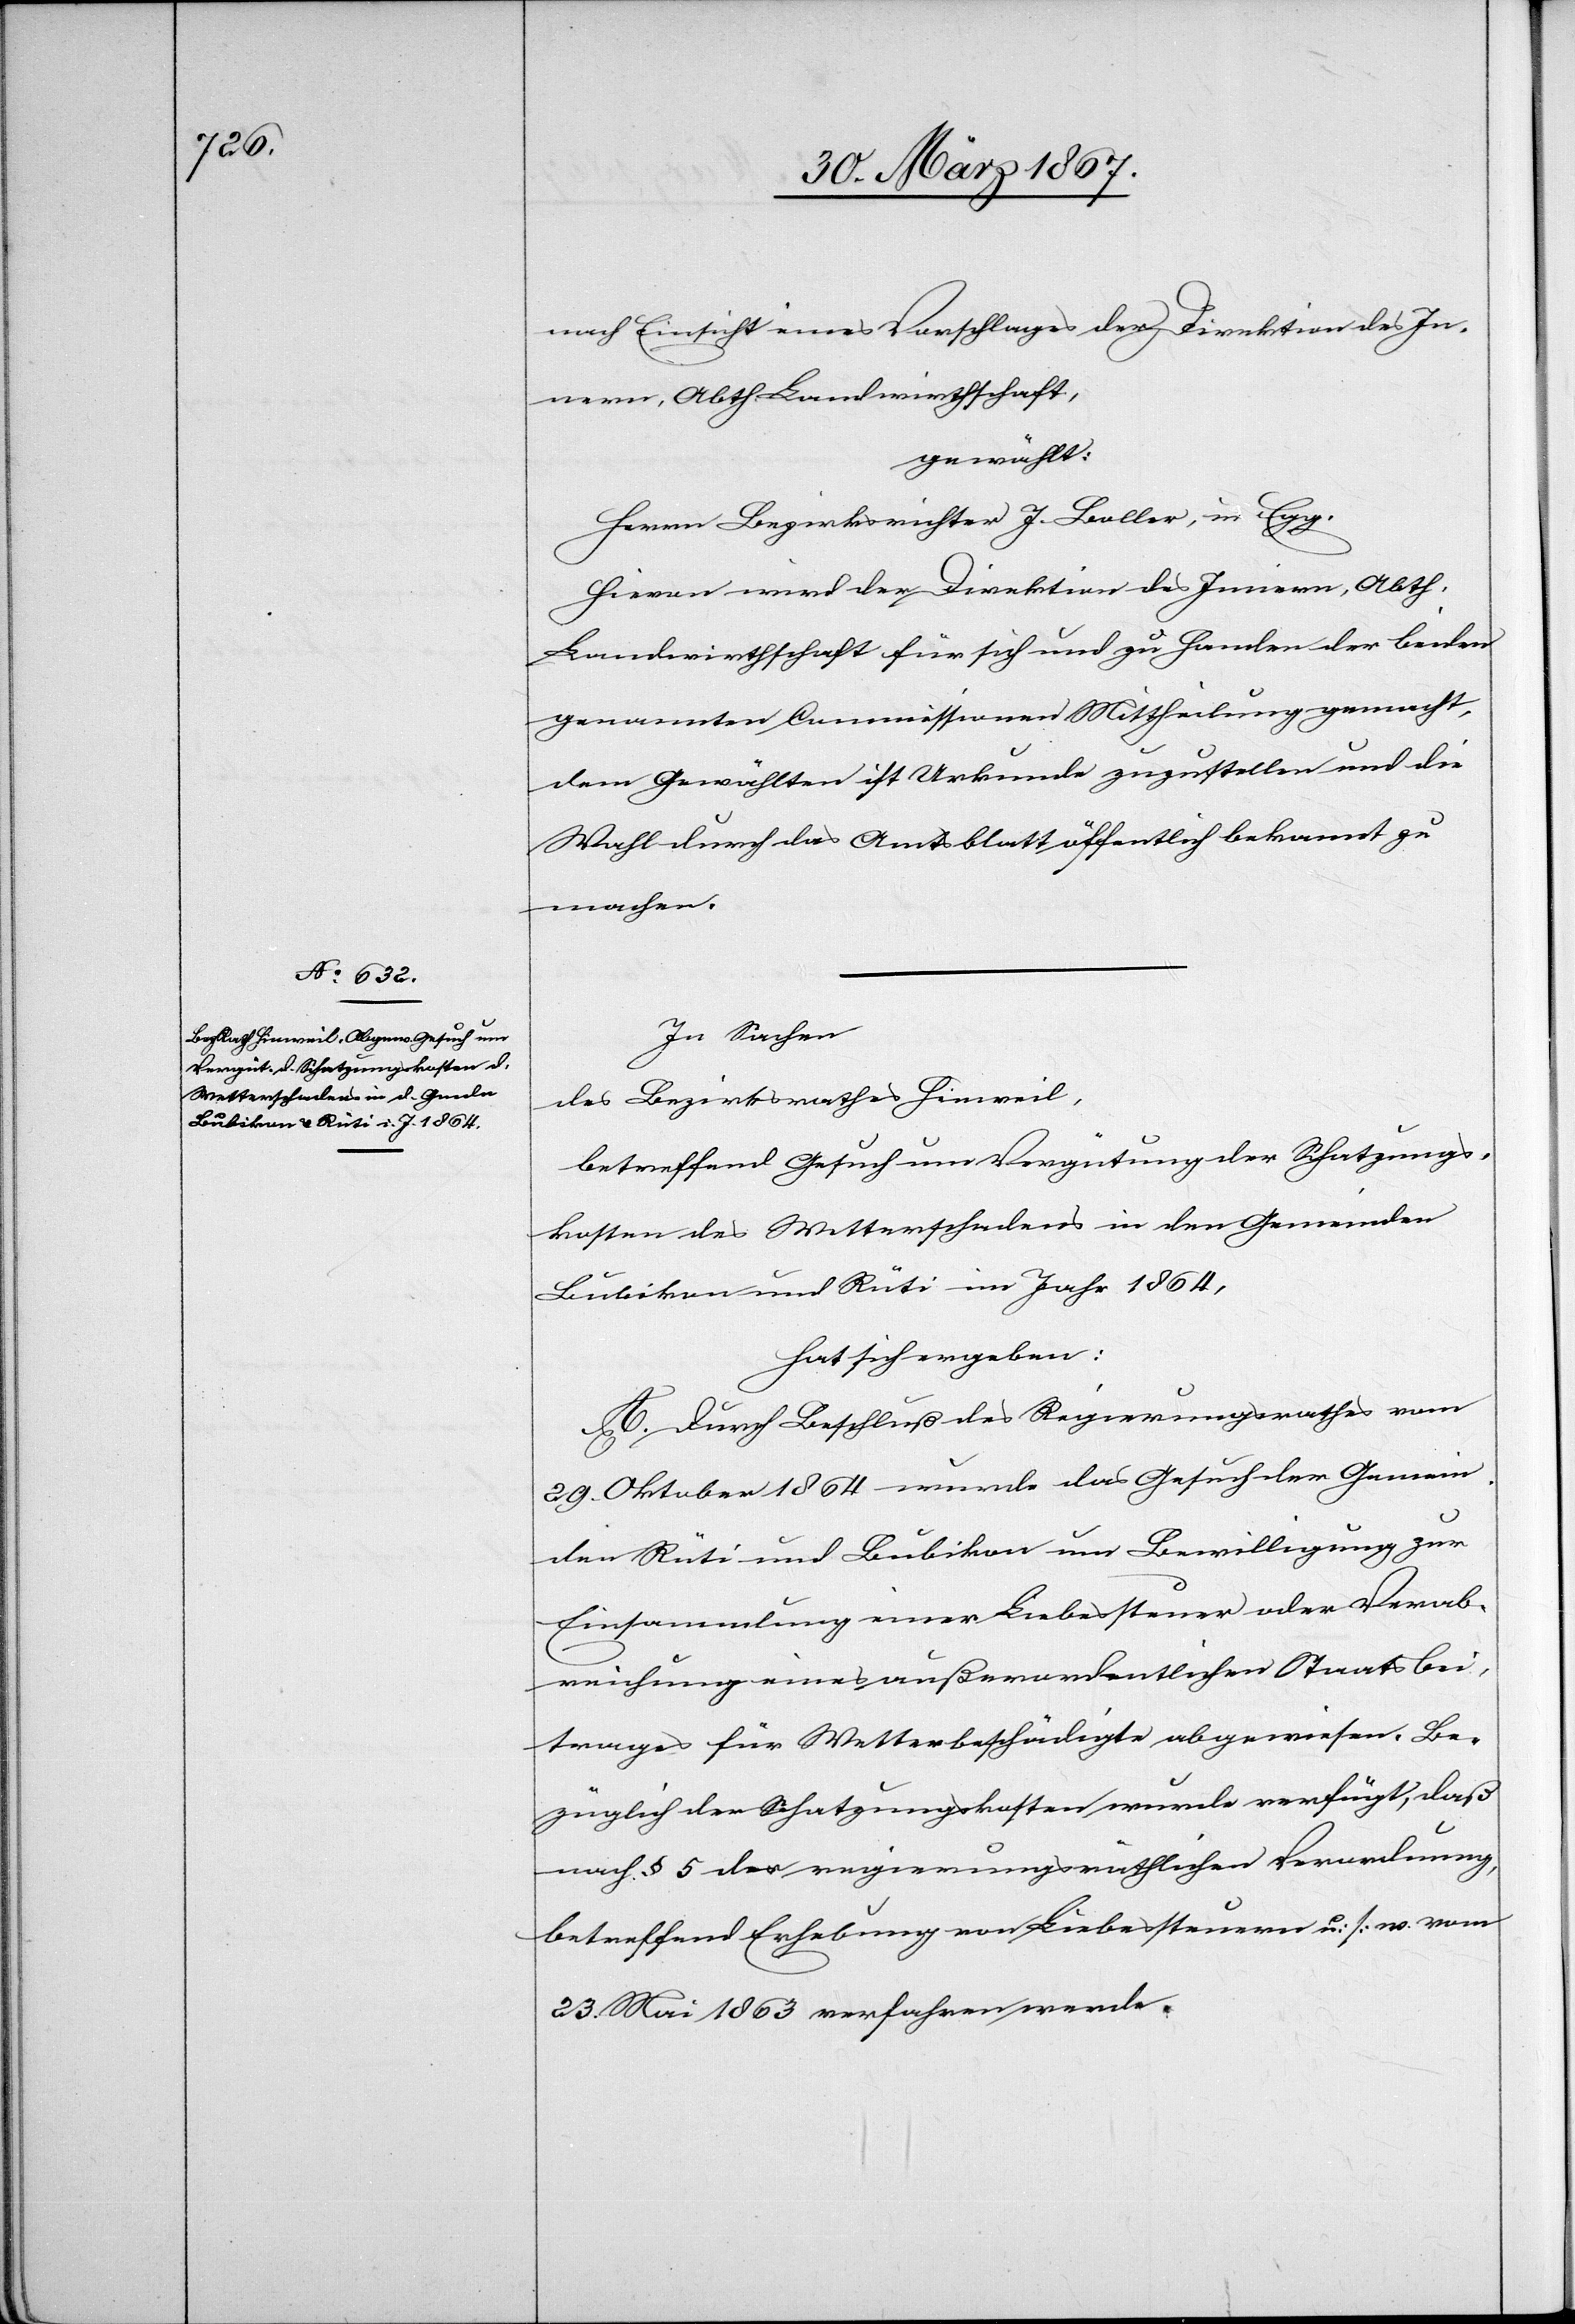
nach Einsicht eines Vorschlages der Direktion des In¬
nern, Abth. Landwirthschaft,
gewählt:
Herrn Bezirksrichter J. Boller, in Egg.
Hievon wird der Direktion des Innern, Abth.
Landwirthschaft für sich und zu Handen der beiden
genannten Commissionen Mittheilung gemacht,
dem Gewählten ist Urkunde zuzustellen und die
Wahl durch das Amtsblatt öffentlich bekannt zu
machen.
In Sachen
des Bezirksrathes Hinweil,
betreffend Gesuch um Vergütung der Schatzungs¬
kosten des Wasserschadens in den Gemeinden
Bubikon und Rüti im Jahr 1864,
hat sich ergeben:
A. Durch Beschluß des Regierungsrathes vom
29. Oktober 1864 wurde das Gesuch der Gemein¬
den Rüti und Bubikon um Bewilligung zur
Einsammlung einer Liebessteuer oder Verab¬
reichung eines außerordentlichen Staatsbei¬
trages für Wasserbeschädigte abgewiesen. Be¬
züglich der Schatzungskosten wurde verfügt, daß
nach § 5 der regierungsräthlichen Verordnung,
betreffend Erhebung von Liebessteuern u. s. w. vom
23. Mai 1863 verfahren werde.